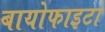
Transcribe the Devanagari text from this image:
बायोफाइटा